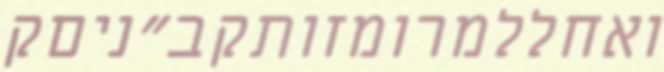
ואחללמרומזותקב"ניםק